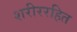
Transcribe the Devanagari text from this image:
शरीररहित